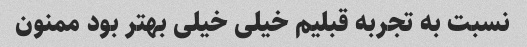
نسبت به تجربه قبلیم خیلی خیلی بهتر بود ممنون